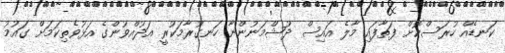
ކަނޑެއް ހުރަސްކޮށް ފަތާފައި މާލެ އައިސް ދުޝްމަނުންނާ ހަނގުރާމަކުރީ އަދުއްވުންގެ އަޅުވެތިކަމަށް ގައުމު